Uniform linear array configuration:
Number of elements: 48
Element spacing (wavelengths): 0.75
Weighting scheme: hann
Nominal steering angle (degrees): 30
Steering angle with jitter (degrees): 28.62
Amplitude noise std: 0.05
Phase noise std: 0.05

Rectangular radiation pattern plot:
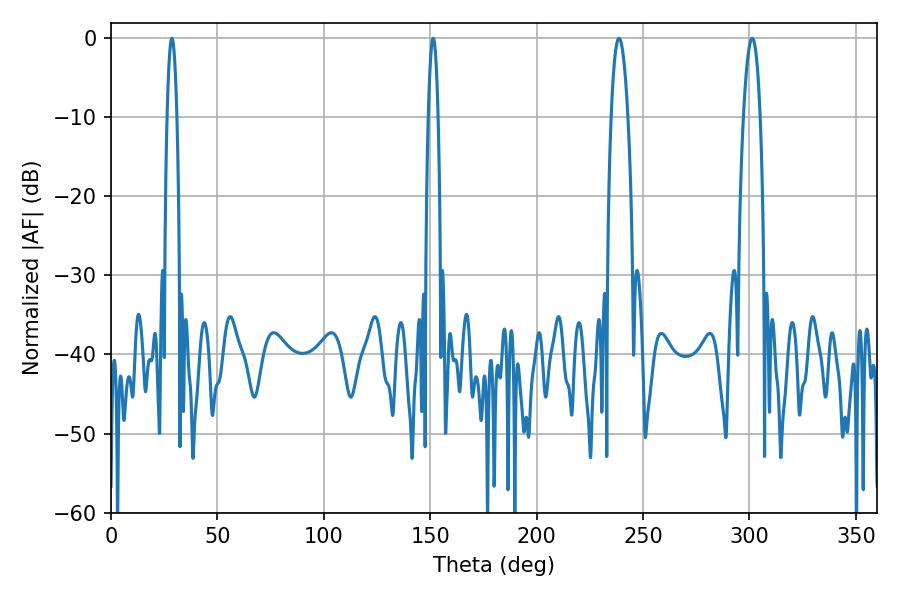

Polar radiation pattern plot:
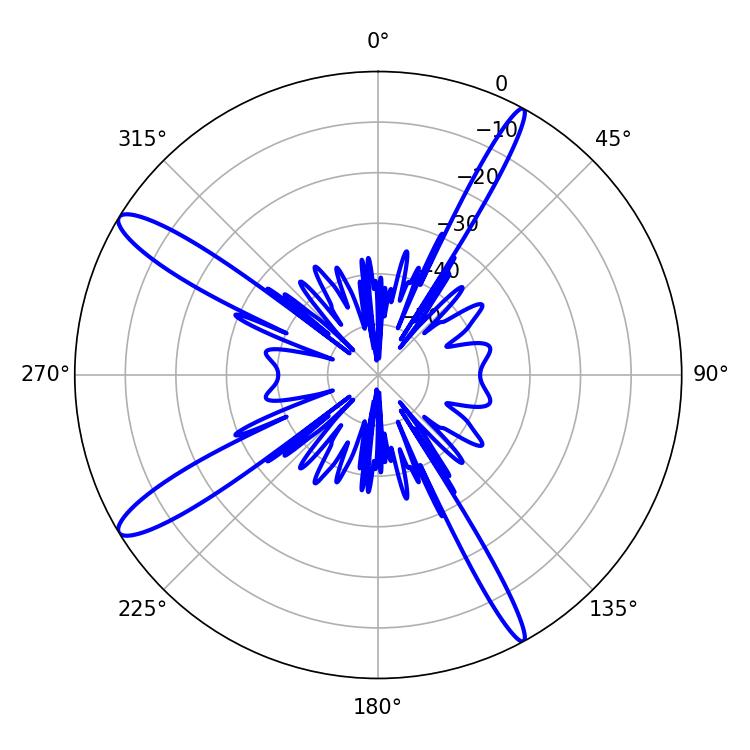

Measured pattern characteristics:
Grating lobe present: TRUE
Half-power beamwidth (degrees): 2.52
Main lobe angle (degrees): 28.62